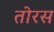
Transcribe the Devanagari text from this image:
तोरस